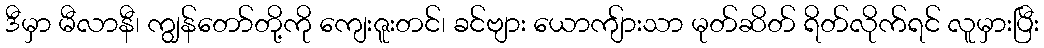
ဒီမှာ မီလာနီ၊ ကျွန်တော်တို့ကို ကျေးဇူးတင်၊ ခင်ဗျား ယောကျ်ားသာ မုတ်ဆိတ် ရိတ်လိုက်ရင် လူမှားပြီး